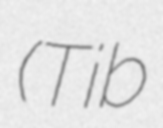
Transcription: (Tib